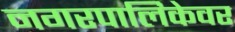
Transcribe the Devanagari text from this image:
नगरपालिकेवर